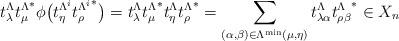
LaTeX: \begin{align*}t_\lambda^\Lambda {t_\mu^\Lambda}^*\phi\big(t_\eta^{\Lambda^i} {t_\rho^{\Lambda^i}}^*\big)=t_\lambda^\Lambda {t_\mu^\Lambda}^*t_\eta^\Lambda {t_\rho^\Lambda}^* =\sum_{(\alpha,\beta)\in \Lambda^{\min}(\mu,\eta)}t_{\lambda\alpha}^\Lambda {t_{\rho\beta}^\Lambda}^*\in X_n\end{align*}